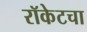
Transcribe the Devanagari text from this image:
रॉकेटचा